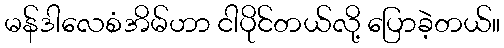
မန်ဒါလေစံအိမ်ဟာ ငါပိုင်တယ်လို့ ပြောခဲ့တယ်။